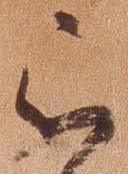
被